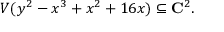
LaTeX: V ( y ^ { 2 } - x ^ { 3 } + x ^ { 2 } + 1 6 x ) \subseteq \mathbf { C } ^ { 2 } .